Sanitation, dispensaries and jails vaccination Rajputana 1922-1927 - 1922-1927
Year: 1922
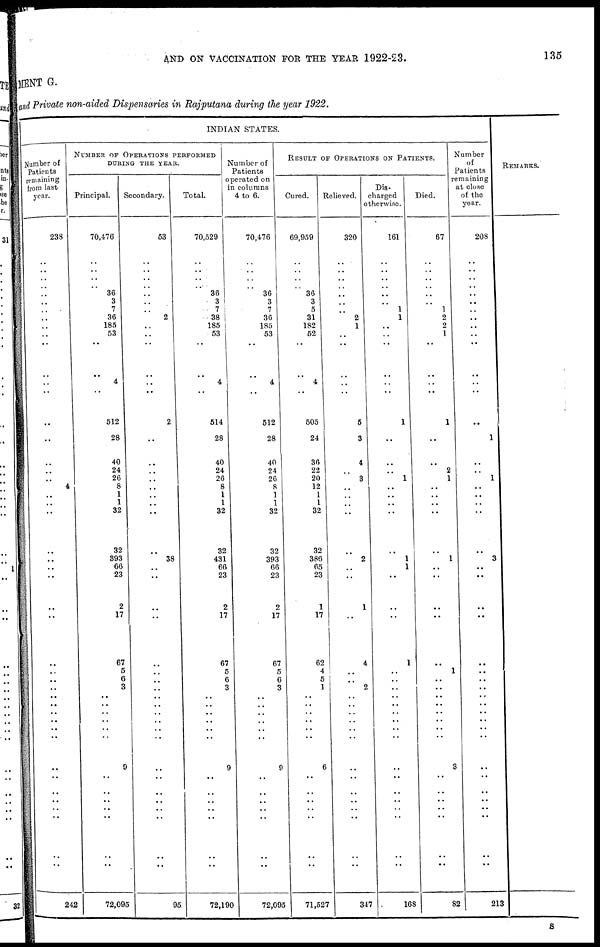
AND ON VACCINATION FOR THE YEAR 1922-23.
135
MENT G.
and Private non-aided Dispensaries in Rajputana during the year 1922.
INDIAN STATES.
Number of
Patients
remaining
from last
year.
238
..
..
..
..
..
..
..
1
..
..
..
..
..
..
..
..
..
..
..
4
..
..
..
..
..
..
..
..
..
..
..
..
..
..
..
..
..
..
..
..
..
..
..
..
..
..
..
242
NUMBER OF OPERATIONS PERFORMED
DURING THE YEAR.
Principal.
70,476
..
..
..
..
36
3
7
36
185
53
..
..
4
..
512
28
40
24
26
8
1
1
32
32
393
66
23
2
17
67
5
6
3
..
..
..
..
..
..
9
..
..
..
..
..
..
..
72,095
Secondary.
53
..
..
..
..
..
..
..
2
..
..
..
..
..
..
2
..
..
..
..
..
..
..
..
..
38
..
..
..
..
..
..
..
..
..
..
..
..
..
..
..
..
..
..
..
..
..
..
95
Total.
70,529
..
..
..
..
36
3
7
38
185
53
..
..
4
..
514
28
40
24
26
8
1
1
32
32
431
66
23
2
17
67
5
6
3
..
..
..
..
..
..
9
..
..
..
..
..
..
..
72,190
Number of
Patients
operated on
in columns
4 to 6.
70,476
..
..
..
..
36
3
7
36
185
53
..
..
4
..
512
28
40
24
26
8
1
1
32
32
393
66
23
2
17
67
5
6
3
..
..
..
..
..
..
9
..
..
..
..
..
..
..
72,095
RESULT OF OPERATIONS ON PATIENTS.
Cured.
69,959
..
..
..
..
36
3
5
31
182
52
..
..
4
..
505
24
36
22
20
12
1
1
32
32
386
65
23
1
17
62
4
5
1
..
..
..
..
..
..
6
..
..
..
..
..
..
..
71,527
Relieved.
320
..
..
..
..
..
..
..
2
1
..
..
..
..
..
5
3
4
..
3
..
..
..
..
..
2
..
..
1
..
4
..
..
2
..
..
..
..
..
..
..
..
..
..
..
..
..
..
347
Dis¬
charged
other wise.
161
..
..
..
..
..
..
1
1
..
..
..
..
..
..
1
..
..
..
1
..
..
..
..
..
1
1
..
..
..
1
..
..
..
..
..
..
..
..
..
..
..
..
..
..
..
..
..
168
Died.
67
..
..
..
..
..
..
1
2
2
1
..
..
..
..
1
..
..
2
1
..
..
..
..
..
1
..
..
..
..
..
1
..
..
..
..
..
..
..
..
3
..
..
..
..
..
..
..
82
Number
of
Patients
remaining
at close
of the
year.
208
..
..
..
..
..
..
..
..
..
..
..
..
..
..
...
1
..
..
1
..
..
..
..
..
3
..
..
..
..
..
..
..
..
..
..
..
..
..
..
..
..
..
..
..
..
..
..
213
REMARKS.
S